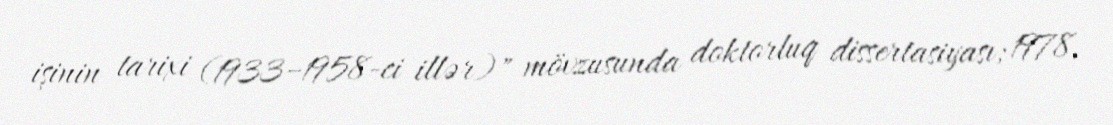
işinin tarixi (1933–1958-ci illər)" mövzusunda doktorluq dissertasiyası; 1978,